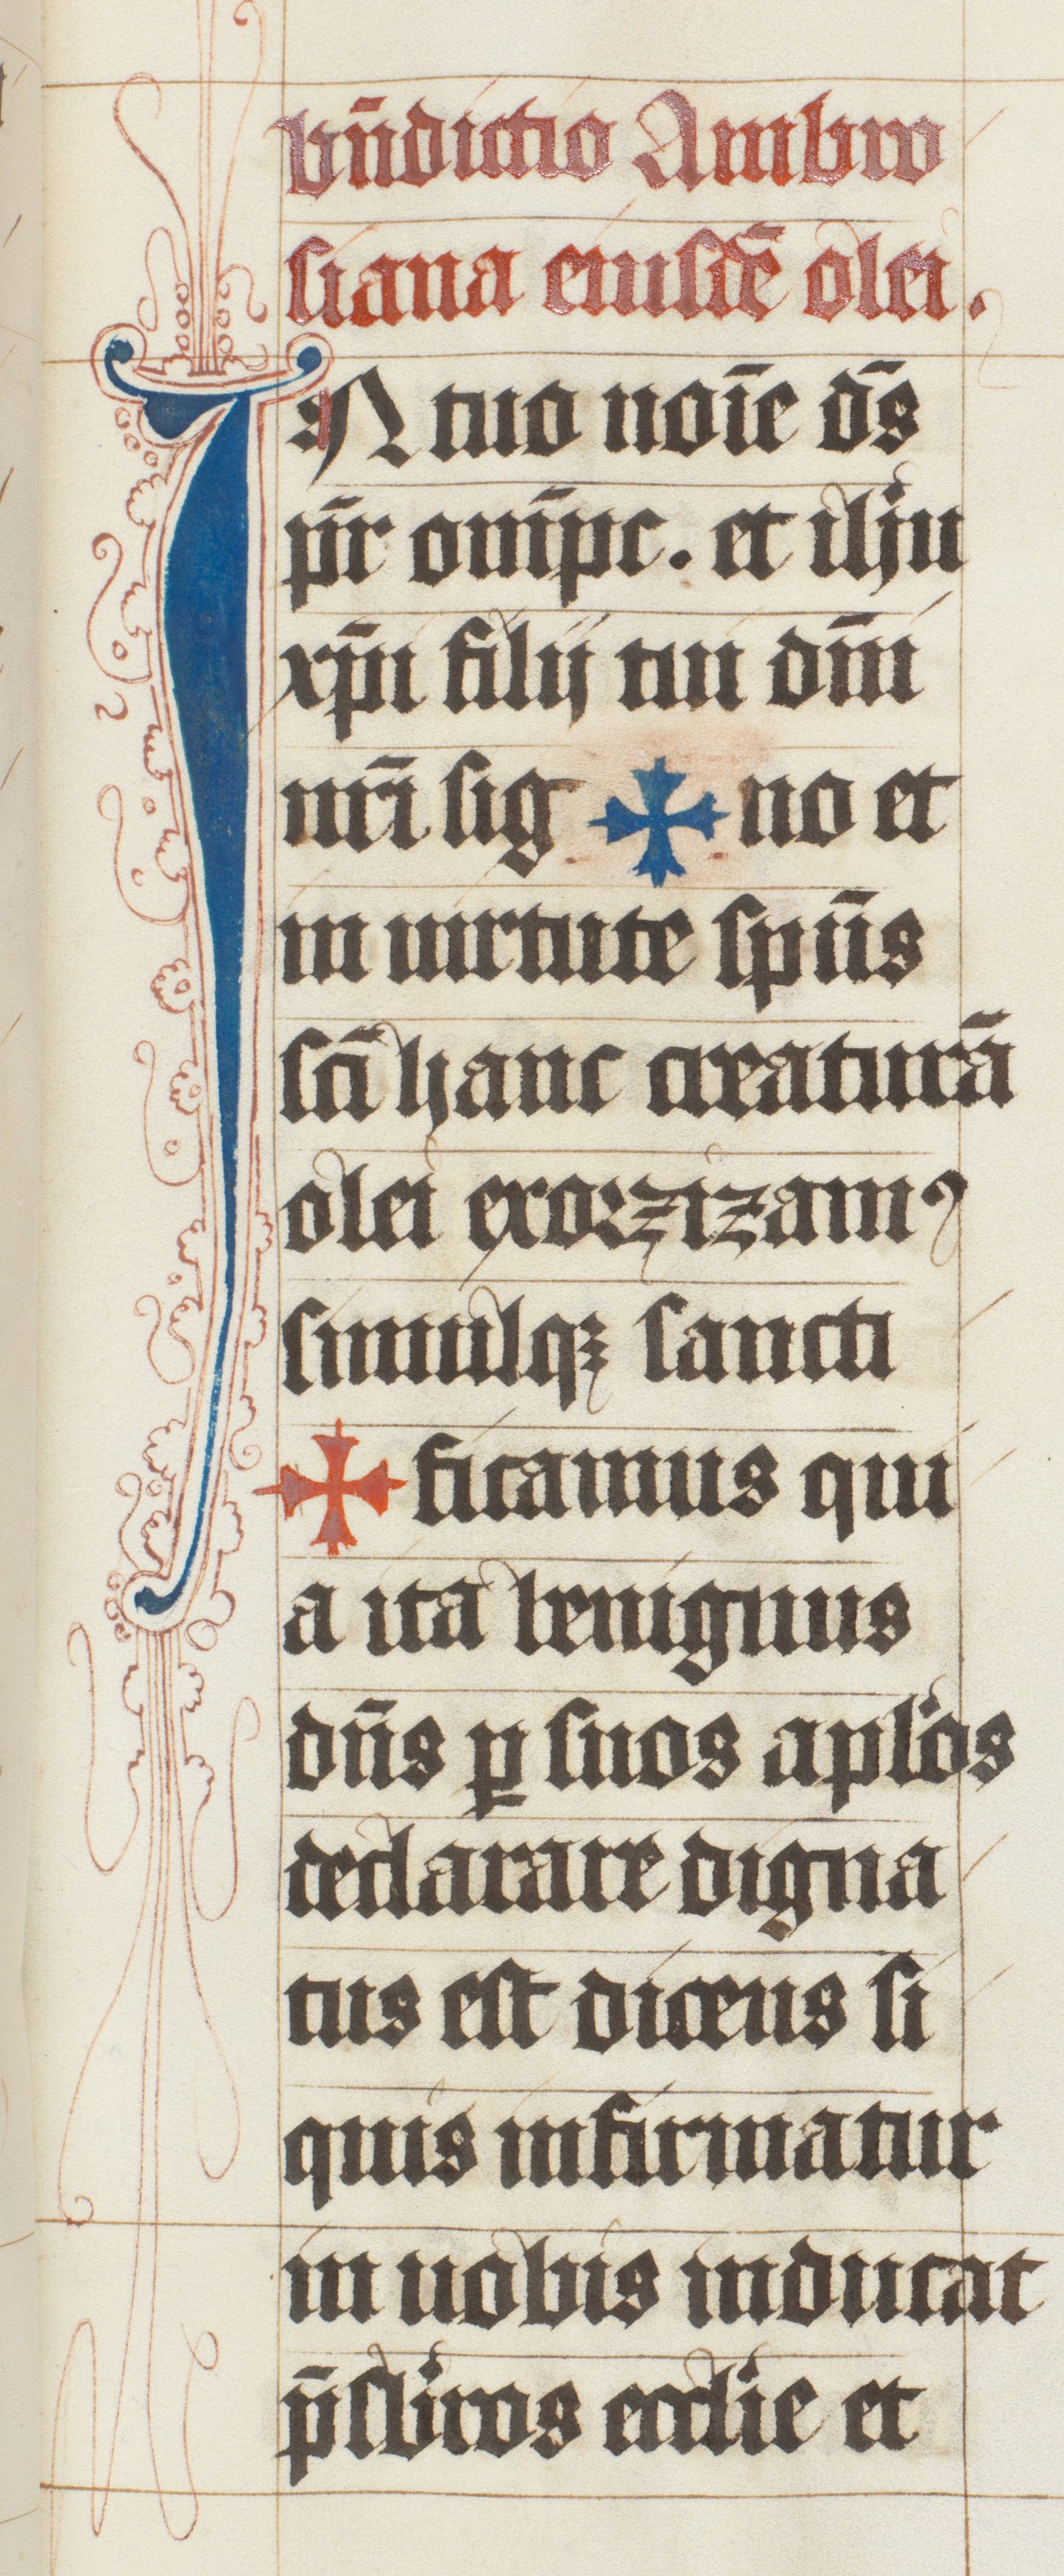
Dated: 1447–1478